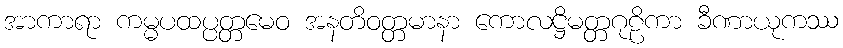
အာကာရာ ကမ္မပထပ္ပတ္တမေဝ အနတိဝတ္တမာနာ ကောလဋ္ဌိမတ္တဂုဠိကာ ခီဏာယုကဿ